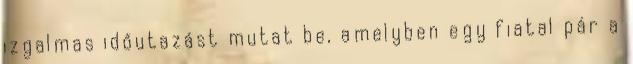
izgalmas időutazást mutat be, amelyben egy fiatal pár a